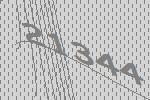
21344